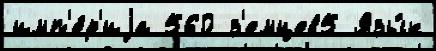
имп'е́р'иjа 560 з'емцев5 Язы́к